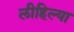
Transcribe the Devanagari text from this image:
लीहिल्या